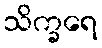
သိက္ခရေ